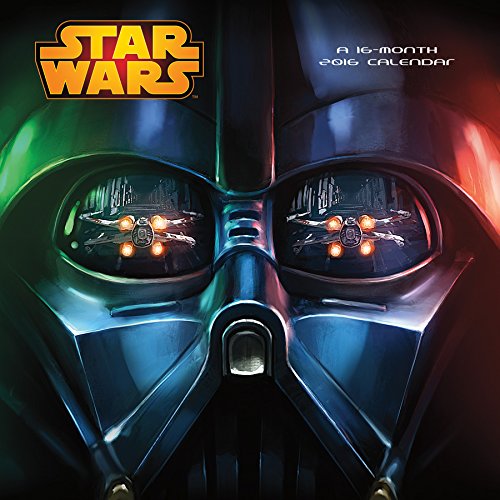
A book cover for Star Wars Saga 2016 Wall Calendar; Trends International; Calendars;